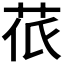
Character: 𮎱